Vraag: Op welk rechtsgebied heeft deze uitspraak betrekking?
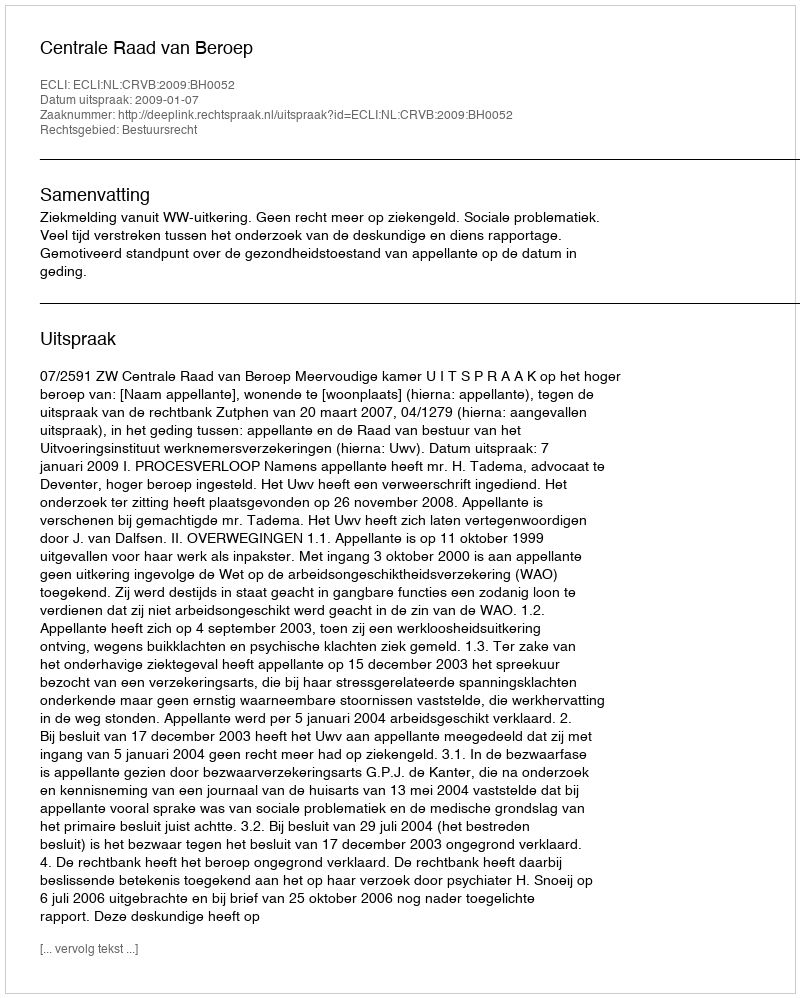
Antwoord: Bestuursrecht